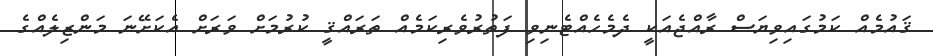
ޤައުމެއް ކަމުގައިވިޔަސް ރާއްޖެއަކީ ދެމެހެއްޓެނިވި ފަތުރުވެރިކަމެއް ތަރައްޤީ ކުރުމަށް ވަރަށް އެކަށޭނަ މަންޒިލެއްގެ